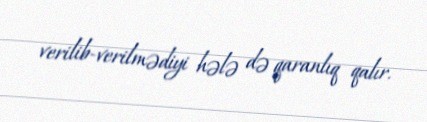
verilib-verilmədiyi hələ də qaranlıq qalır.